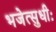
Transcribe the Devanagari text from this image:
भजेत्सुधीः